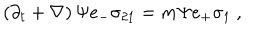
\left( \partial _ { t } + \nabla \right) \Psi e _ { - } \sigma _ { 2 1 } = m \Psi e _ { + } \sigma _ { 1 } ~ ,